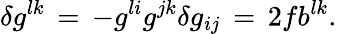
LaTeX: \delta g^{lk}\, =\, -g^{li}g^{jk}\delta g_{ij}\, =\, 2fb^{lk}.